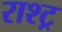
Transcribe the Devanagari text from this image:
राश्ट्र